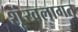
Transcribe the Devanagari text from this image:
शृंखलागत